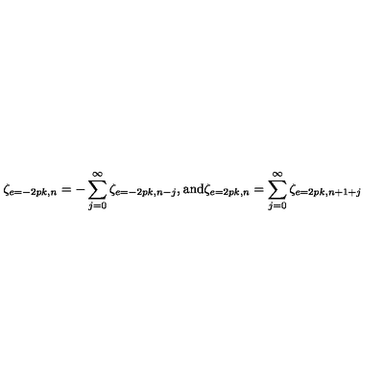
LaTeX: \zeta _ { e = - 2 p k , n } = - \sum _ { j = 0 } ^ { \infty } \zeta _ { e = - 2 p k , n - j } , \mathrm { a n d } \zeta _ { e = 2 p k , n } = \sum _ { j = 0 } ^ { \infty } \zeta _ { e = 2 p k , n + 1 + j }